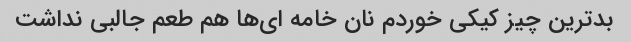
بدترین چیز کیکی خوردم نان خامه ای‌ها هم طعم جالبی نداشت